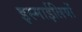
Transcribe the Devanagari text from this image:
इस्माईलियों